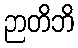
ဉာတိဘိ